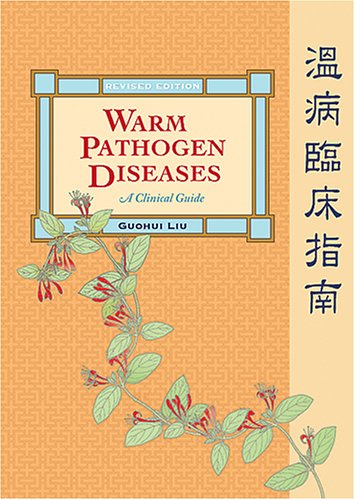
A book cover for Warm Pathogen Diseases: A Clinical Guide (Revised Edition); Guohui Liu; Health, Fitness & Dieting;